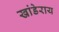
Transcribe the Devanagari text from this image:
खांडेराय